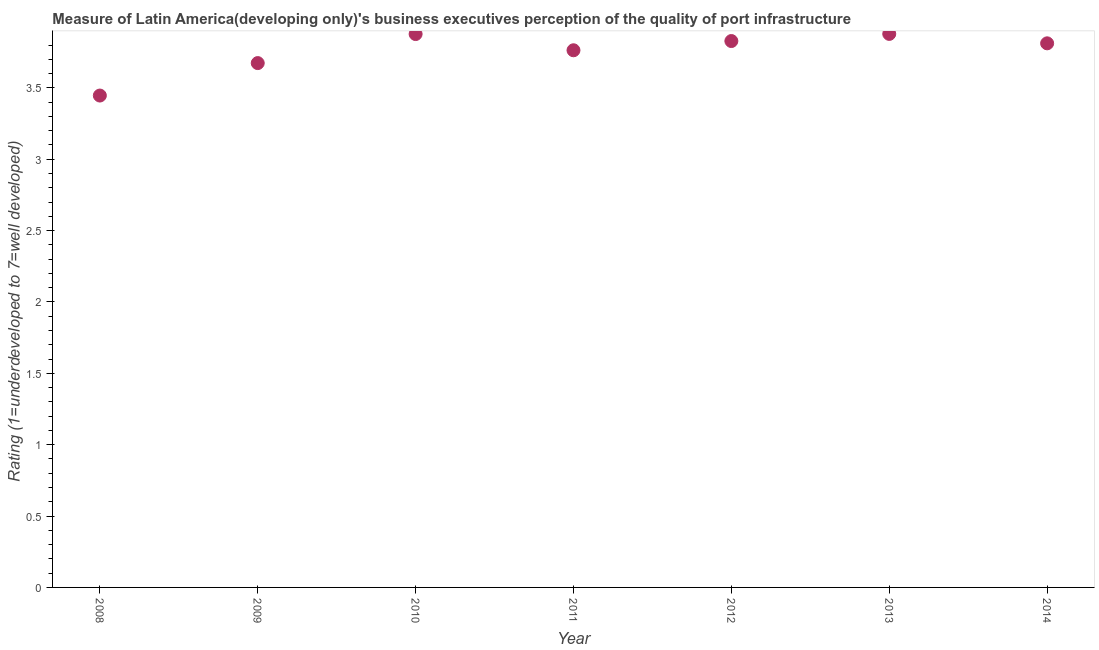
| Year | Quality of port infrastructure |
 | --- | --- |
 | 2008 | 3.45 |
 | 2009 | 3.67 |
 | 2010 | 3.88 |
 | 2011 | 3.76 |
 | 2012 | 3.83 |
 | 2013 | 3.88 |
 | 2014 | 3.81 |